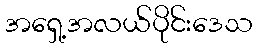
အရှေ့အလယ်ပိုင်းဒေသ